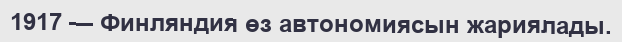
1917 — Финляндия өз автономиясын жариялады.